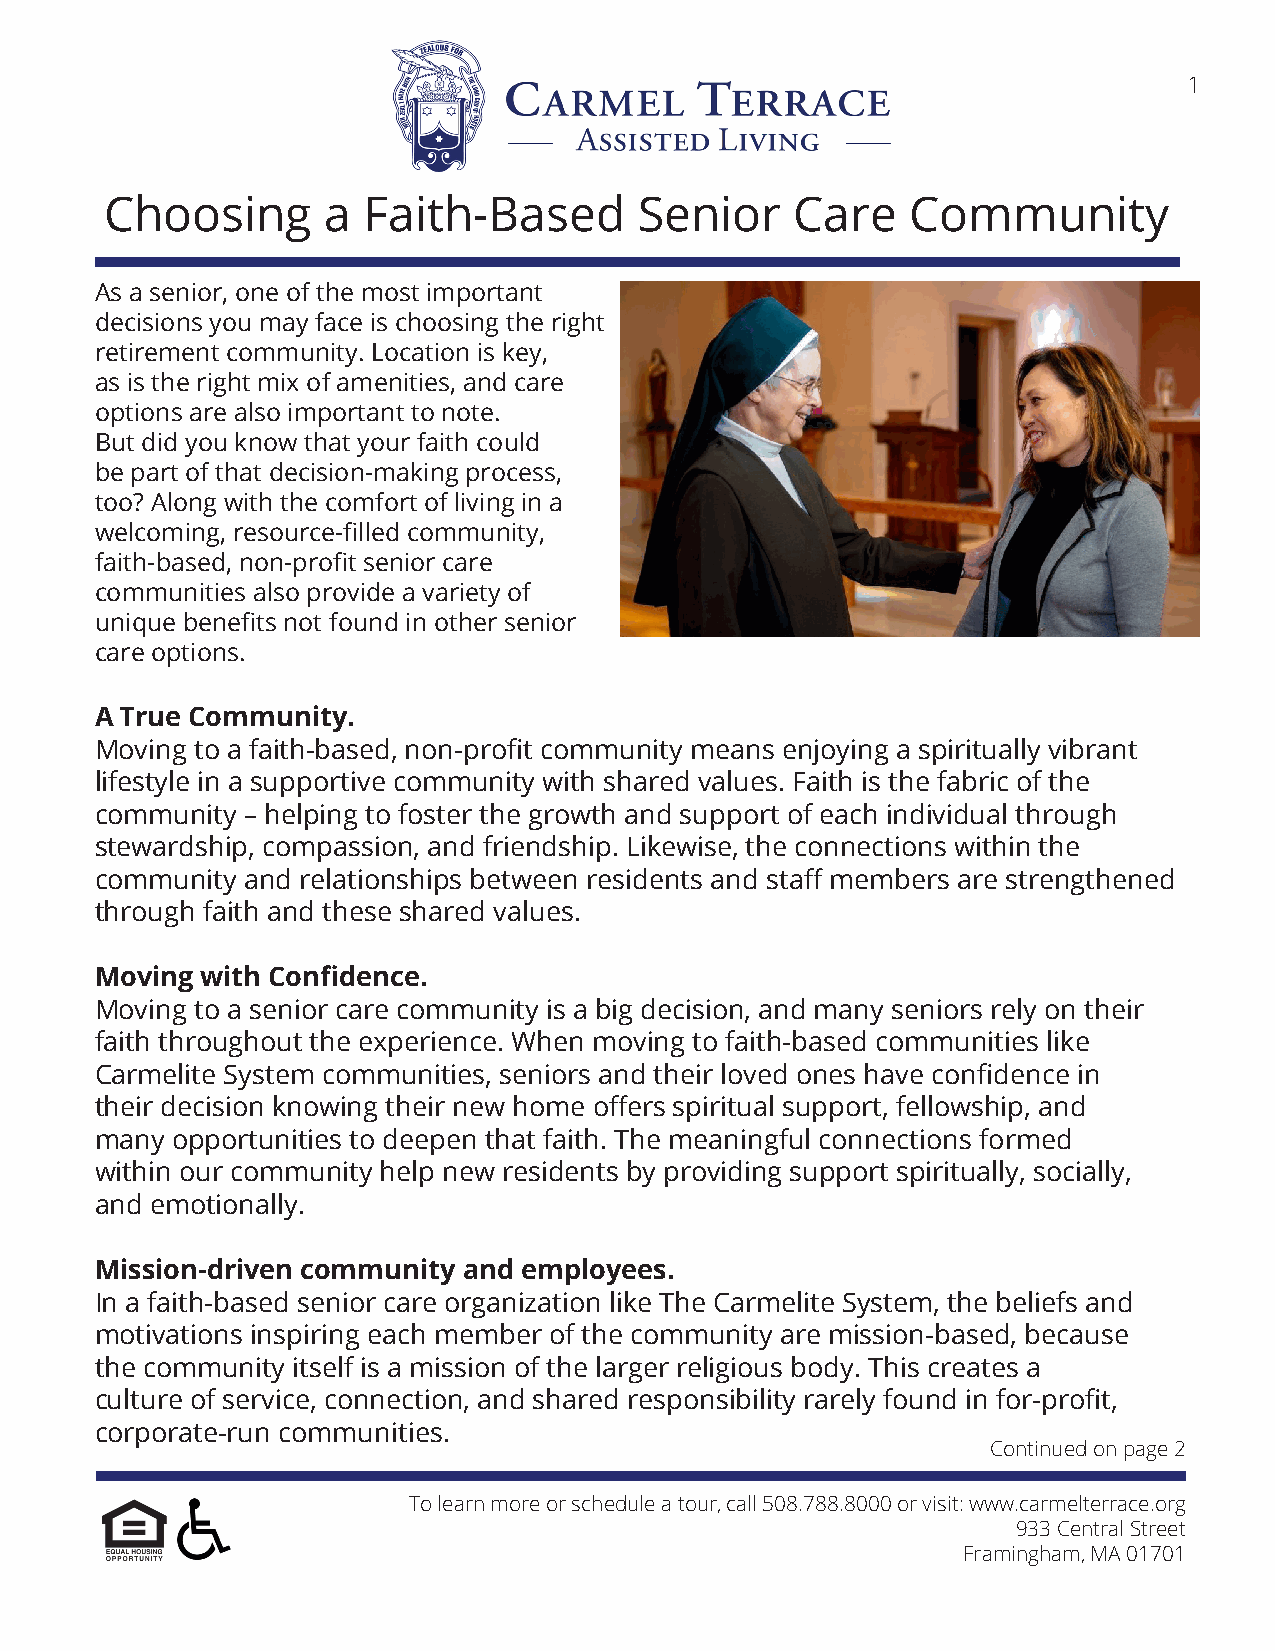
1
 Choosing      a  Faith-Based       Senior     Care   Community
 As a senior, one of the most important
 decisions you may face is choosing the right
 retirement community. Location is key,
 as is the right mix of amenities, and care
 options are also important to note.
 But did you know that your faith could
 be part of that decision-making process,
 too? Along with the comfort of living in a
 welcoming, resource-filled community,
 faith-based, non-profit senior care
 communities also provide a variety of
 unique benefits not found in other senior
 care options.
 A True Community.
 Moving to a faith-based, non-profit community means enjoying a spiritually vibrant
 lifestyle in a supportive community with shared values. Faith is the fabric of the
 community – helping to foster the growth and support of each individual through
 stewardship, compassion, and friendship. Likewise, the connections within the
 community and relationships between residents and staff members are strengthened
 through faith and these shared values.
 Moving with Confidence.
 Moving to a senior care community is a big decision, and many seniors rely on their
 faith throughout the experience. When moving to faith-based communities like
 Carmelite System communities, seniors and their loved ones have confidence in
 their decision knowing their new home offers spiritual support, fellowship, and
 many opportunities to deepen that faith. The meaningful connections formed
 within our community help new residents by providing support spiritually, socially,
 and emotionally.
 Mission-driven community and employees.
 In a faith-based senior care organization like The Carmelite System, the beliefs and
 motivations inspiring each member of the community are mission-based, because
 the community itself is a mission of the larger religious body. This creates a
 culture of service, connection, and shared responsibility rarely found in for-profit,
 corporate-run communities.
 Continued on page 2
 To learn more or schedule a tour, call 508.788.8000 or visit: www.carmelterrace.org
 933 Central Street
 Framingham, MA 01701